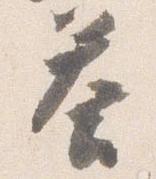
答